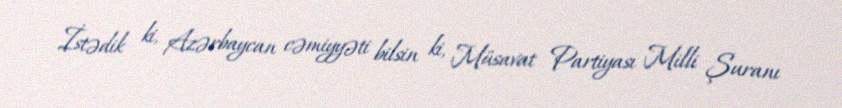
İstədik ki, Azərbaycan cəmiyyəti bilsin ki, Müsavat Partiyası Milli Şuranı